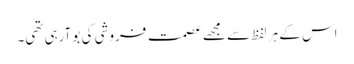
اس کے ہر لفظ سے مجھے عصمت فروشی کی بو آرہی تھی۔